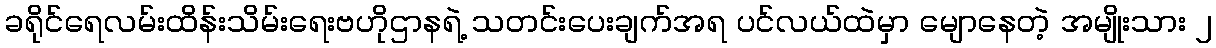
ခရိုင်ရေလမ်းထိန်းသိမ်းရေးဗဟိုဌာနရဲ့ သတင်းပေးချက်အရ ပင်လယ်ထဲမှာ မျောနေတဲ့ အမျိုးသား ၂